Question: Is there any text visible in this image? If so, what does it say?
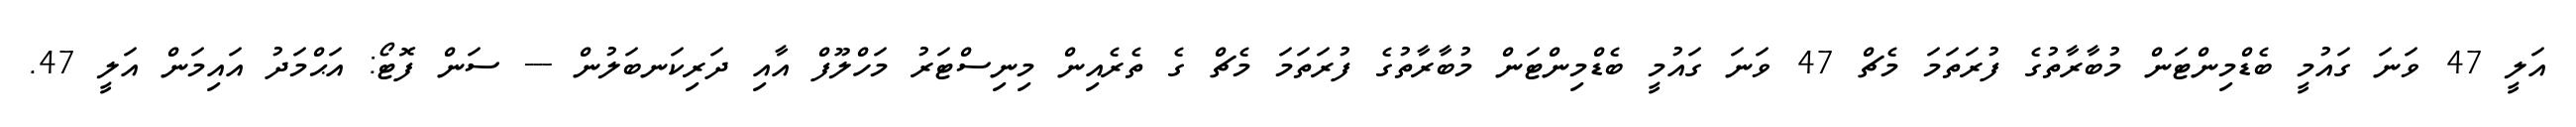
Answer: އަލީ 47 ވަނަ ގައުމީ ބެޑްމިންޓަން މުބާރާތުގެ ފުރަތަމަ މެޗް 47 ވަނަ ގައުމީ ބެޑްމިންޓަން މުބާރާތުގެ ފުރަތަމަ މެޗް ގެ ތެރެއިން މިނިސްޓަރު މަހްލޫފް އާއި ދަރިކަނބަލުން --- ސަން ފޮޓޯ: އަޙްމަދު އައިމަން އަލީ 47.